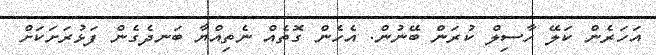
އަހަރެން ކަލޭ ހާސިލް ކުރަން ބޭނުން. އެހެން ގޮތެއް ނެތިއްޔާ ބަނދެގެން ފަޅުރަށަކަށް